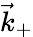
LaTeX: \vec{k}_{+}